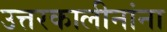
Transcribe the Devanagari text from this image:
उत्तरकालीनांना